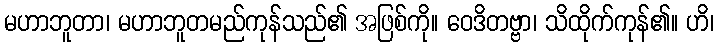
မဟာဘူတာ၊ မဟာဘူတမည်ကုန်သည်၏ အဖြစ်ကို။ ဝေဒိတဗ္ဗာ၊ သိထိုက်ကုန်၏။ ဟိ၊